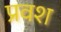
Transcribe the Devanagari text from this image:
प्रवश